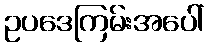
ဥပဒေကြမ်းအပေါ်